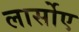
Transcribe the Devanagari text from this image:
लार्सोए